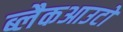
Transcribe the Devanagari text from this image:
ब्लैकआउटों